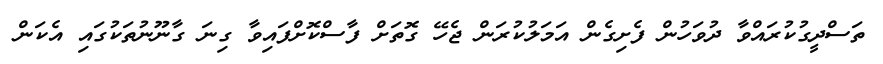
ތަސްދީގުކުރައްވާ ދުވަހުން ފެށިގެން އަމަލުކުރަން ޖެހޭ ގޮތަށް ފާސްކޮށްފައިވާ ގިނަ ގާނޫނުތަކުގައި އެކަން